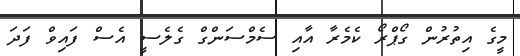
މީގެ އިތުރުން ގޯޕްރޯ ކެމެރާ އާއި ސެމްސަންގް ގެލެސީ އެސް ފައިވް ފަދަ